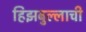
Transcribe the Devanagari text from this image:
हिझबुल्लाची